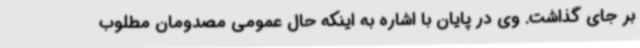
بر جای گذاشت. وی در پایان با اشاره به اینکه حال عمومی مصدومان مطلوب